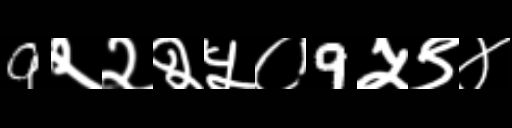
Text: 9२२२५०9५९४